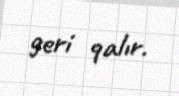
geri qalır.